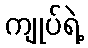
ကျုပ်ရဲ့